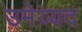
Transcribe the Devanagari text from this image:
उमेय्यद